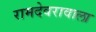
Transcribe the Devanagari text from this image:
रामदेवरावाला